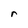
Character: r